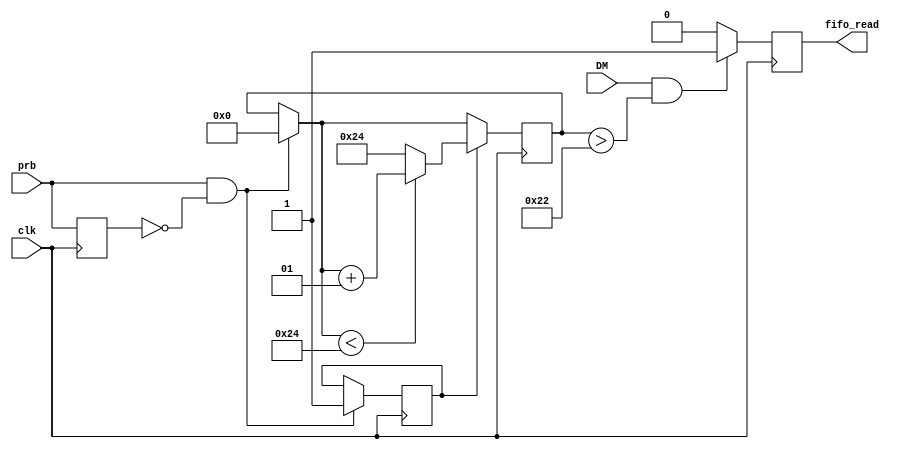
module fifo_read(
		input         clk,
		input         DM,
		input 		prb,
      output  reg   fifo_read
    );

reg inpacket;
reg ena, prb_tr;	
integer cnt=0; 

always @(posedge clk)
begin
prb_tr<=prb;
end

assign front_pkt = (prb & !(prb_tr));
always @(posedge clk)
begin
if (front_pkt) 
	ena<=1'b1;
end

always @(posedge clk)
begin
if (front_pkt)
		cnt=0;
if (ena)
	if(cnt<36)
		cnt=cnt+1;
	else cnt=36;
end



always @(posedge clk)
begin
	if (DM & (cnt>34)) 
		fifo_read<=1'b1;
	else fifo_read<=1'b0;
end
endmodule